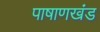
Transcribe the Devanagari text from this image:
पाषाणखंड